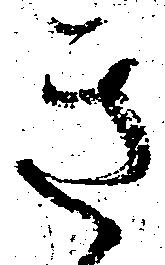
き